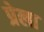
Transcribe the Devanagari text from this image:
प्रेला